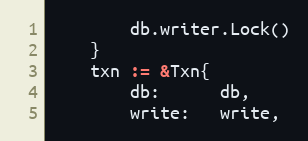
Language: Go
		db.writer.Lock()
	}
	txn := &Txn{
		db:      db,
		write:   write,